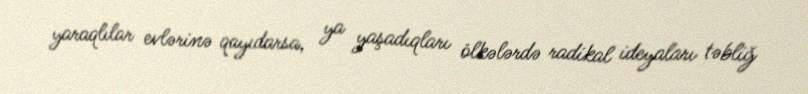
yaraqlılar evlərinə qayıdarsa, ya yaşadıqları ölkələrdə radikal ideyaları təbliğ